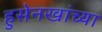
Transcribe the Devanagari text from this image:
हुसेनखांच्या